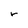
Character: r